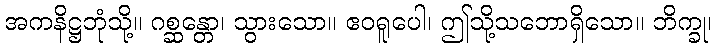
အကနိဋ္ဌဘုံသို့။ ဂစ္ဆန္တော၊ သွားသော။ ဧဝရူပေါ၊ ဤသို့သဘောရှိသော။ ဘိက္ခု၊